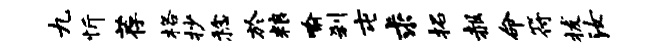
九忻荐格抄稔於粮喻刹屯求拓赧命符拔汝